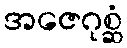
အဇေဂုစ္ဆံ